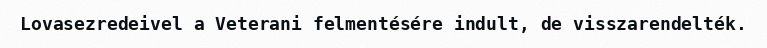
Lovasezredeivel a Veterani felmentésére indult, de visszarendelték.